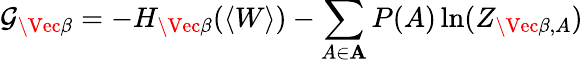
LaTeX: \mathcal{G_{\Vec{\beta}}}=-H_{\Vec{\beta}}(\langle W\rangle)-\sum_{A\in\mathbf{A}}P(A)\ln(Z_{\Vec{\beta},A})